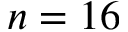
n = 1 6